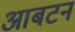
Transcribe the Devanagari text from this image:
आबटन